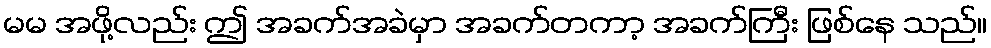
မမ အဖို့လည်း ဤ အခက်အခဲမှာ အခက်တကာ့ အခက်ကြီး ဖြစ်နေ သည်။